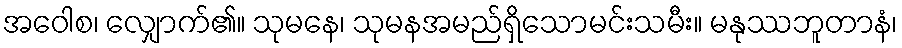
အဝေါစ၊ လျှောက်၏။ သုမနေ၊ သုမနအမည်ရှိသောမင်းသမီး။ မနုဿဘူတာနံ၊